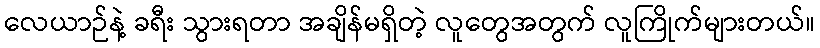
လေယာဉ်နဲ့ ခရီး သွားရတာ အချိန်မရှိတဲ့ လူတွေအတွက် လူကြိုက်များတယ်။